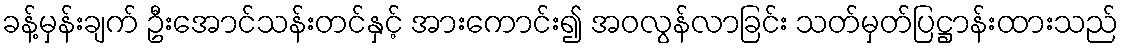
ခန့်မှန်းချက် ဦးအောင်သန်းတင်နှင့် အားကောင်း၍ အဝလွန်လာခြင်း သတ်မှတ်ပြဋ္ဌာန်းထားသည်